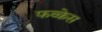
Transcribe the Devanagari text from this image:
फव्केस